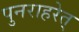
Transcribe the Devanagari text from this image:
पुनराहरेत्